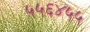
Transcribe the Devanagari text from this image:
५५६४५५